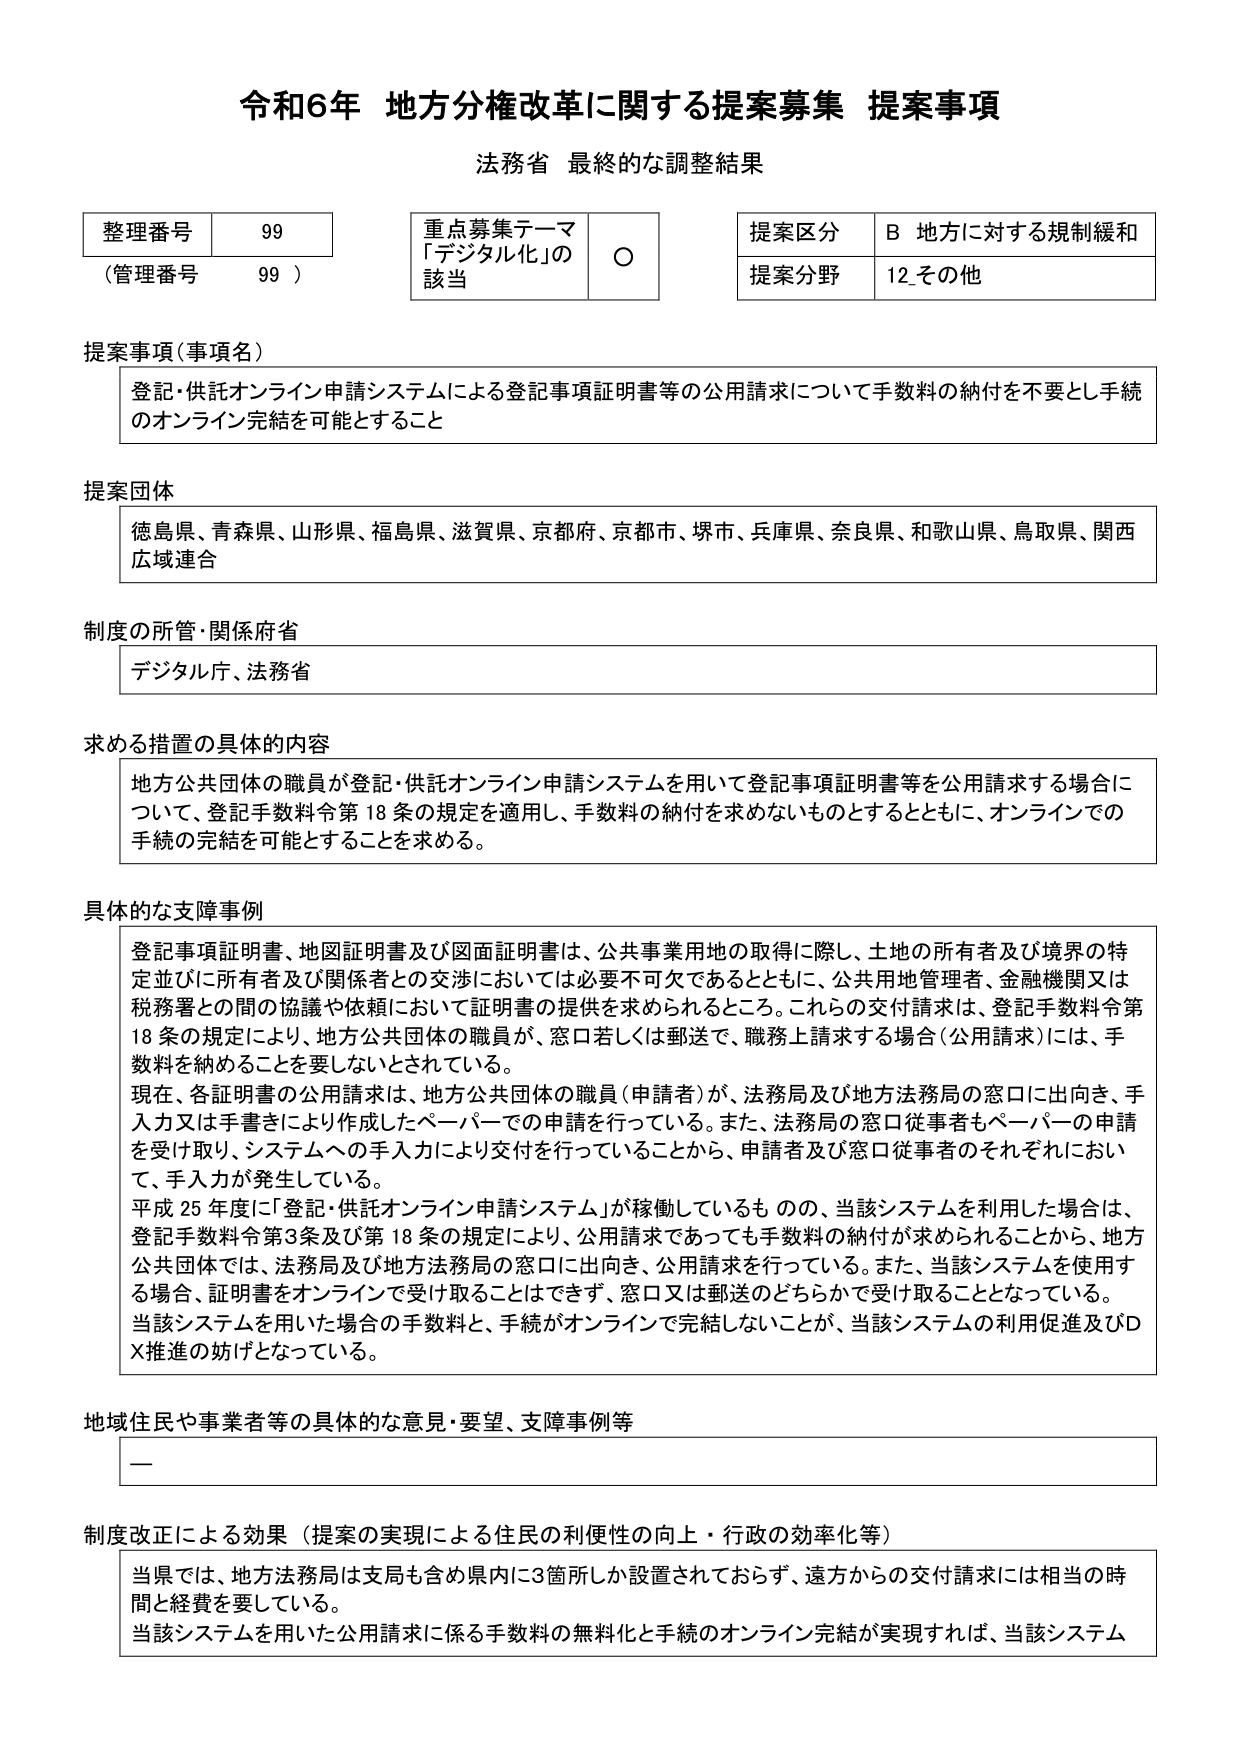
令和6年 地方分権改革に関する提案募集 提案事項
法務省 最終的な調整結果

整理番号 99
（管理番号 99）

重点募集テーマ
「デジタル化」の該当 ○

提案区分 B 地方に対する規制緩和
提案分野 12 その他

提案事項（事項名）
登記・供託オンライン申請システムによる登記事項証明書等の公用請求について手数料の納付を不要とし手続のオンライン完結を可能とすること

提案団体
徳島県、青森県、山形県、福島県、滋賀県、京都府、京都市、堺市、兵庫県、奈良県、和歌山県、鳥取県、関西広域連合

制度の所管・関係府省
デジタル庁、法務省

求める措置の具体的内容
地方公共団体の職員が登記・供託オンライン申請システムを用いて登記事項証明書等を公用請求する場合について、登記手数料令第18条の規定を適用し、手数料の納付を求めないものとするとともに、オンラインでの手続の完結を可能とすることを求める。

具体的な支障事例
登記事項証明書、地図証明書及び図面証明書は、公共事業用地の取得に際し、土地の所有者及び境界の特定並びに所有者及び関係者との交渉においては必要不可欠であるとともに、公共用地管理者、金融機関又は税務署との間の協議や依頼において証明書の提供を求められるところ。これらの交付請求は、登記手数料令第18条の規定により、地方公共団体の職員が、窓口若しくは郵送で、職務上請求する場合（公用請求）には、手数料を納付することを要しないとされている。
現在、各証明書の公用請求は、地方公共団体の職員（申請者）が、法務局及び地方法務局の窓口に出向き、手入力又は手書きにより作成したペーパーでの申請を行っている。また、法務局の窓口従事者もペーパーの申請を受け取り、システムへの手入力により交付を行っていることから、申請者及び窓口従事者のそれぞれにおいて、手入力が発生している。
平成25年度に「登記・供託オンライン申請システム」が稼働しているものの、当該システムを利用した場合は、登記手数料令第3条及び第18条の規定により、公用請求であっても手数料の納付が求められることから、地方公共団体では、法務局及び地方法務局の窓口に出向き、公用請求を行っている。また、当該システムを使用する場合、証明書をオンラインで受け取ることはできず、窓口又は郵送のどちらかで受け取ることとなっている。
当該システムを用いた場合の手数料と、手続がオンラインで完結しないことが、当該システムの利用促進及びDX推進の妨げとなっている。

地域住民や事業者等の具体的な意見・要望、支障事例等
—

制度改正による効果（提案の実現による住民の利便性の向上・行政の効率化等）
当県では、地方法務局は支局も含め県内に3箇所しか設置されておらず、遠方からの交付請求には相当の時間と経費を要している。
当該システムを用いた公用請求に係る手数料の無効化と手続のオンライン完結が実現すれば、当該システム